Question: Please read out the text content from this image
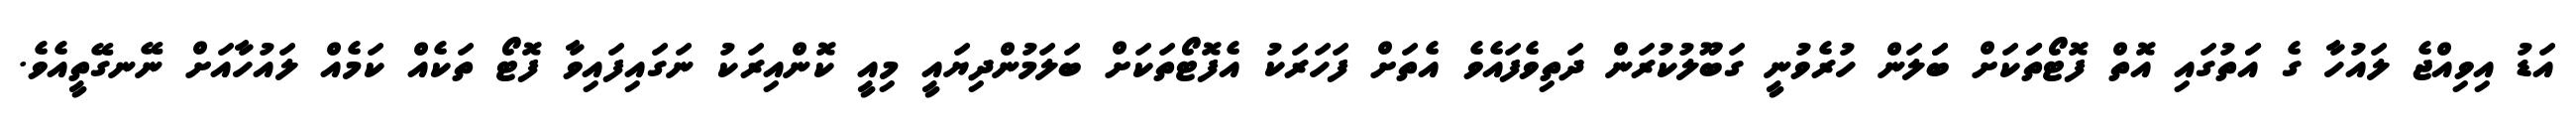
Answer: އަޑު އިވިއްޖެ ލައުހާ ގެ އަަތުގައި އޮތް ފޮޓޯތަަކަށް ބަަލަން ހުރެވުނީ ގަބޫލުކުރަން ދަތިވެފައެވެ އެތަށް ފަހަރަކު އެފޮޓޯތަކަށް ބަލަމުންދިޔައީ މިއީ ކޮންއިރަކު ނަގައިފައިވާ ފޮޓޯ ތަކެއް ކަމެއް ލައުހާއަށް ނޭނގޭތީއެވެ.